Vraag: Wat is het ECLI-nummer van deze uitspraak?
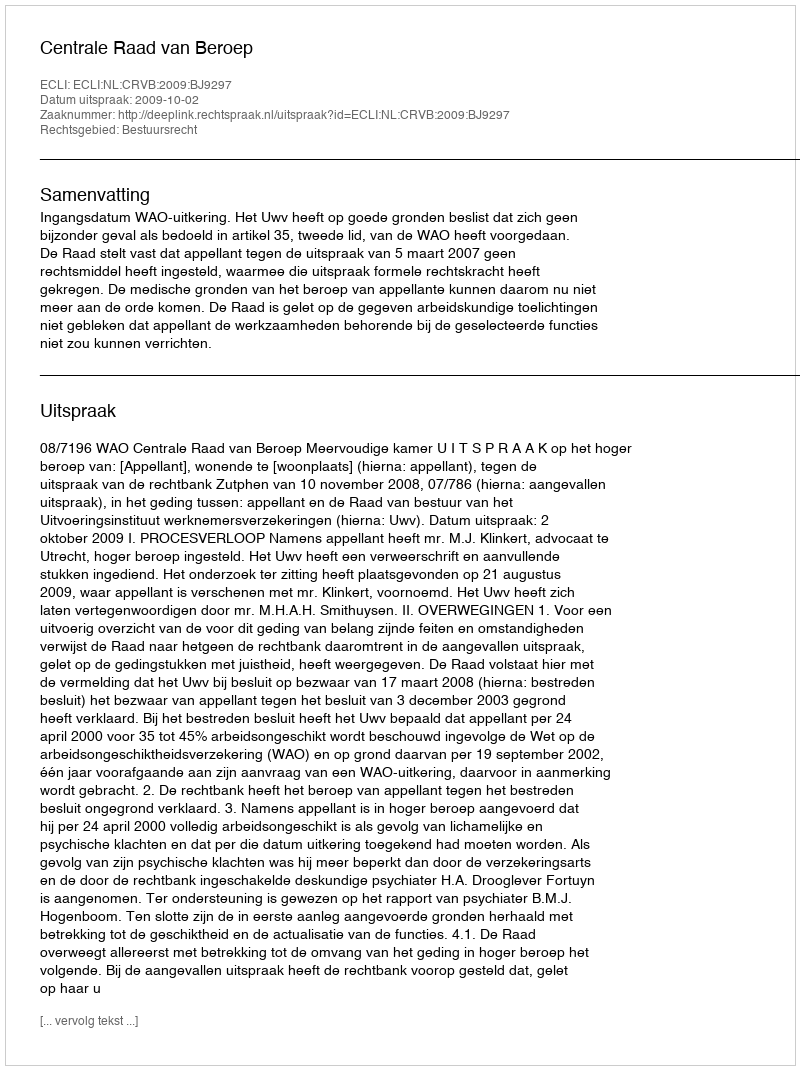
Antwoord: ECLI:NL:CRVB:2009:BJ9297